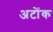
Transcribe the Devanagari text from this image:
अटोंक